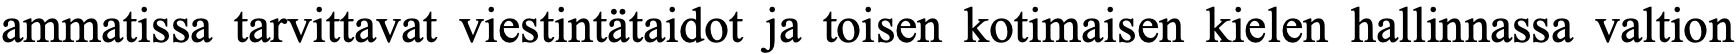
ammatissa tarvittavat viestintätaidot ja toisen kotimaisen kielen hallinnassa valtion